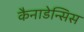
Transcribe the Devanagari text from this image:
कैनाडेन्सिस